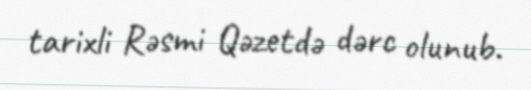
tarixli Rəsmi Qəzetdə dərc olunub.